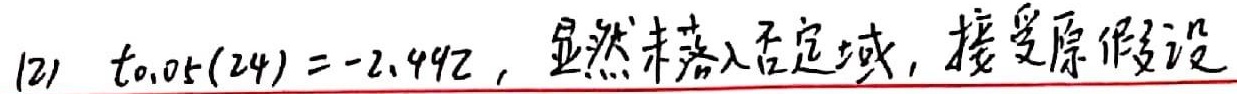
(2) \(t_{0.05}(24)=-2.492\)，显然未落入否定域，接受原假设